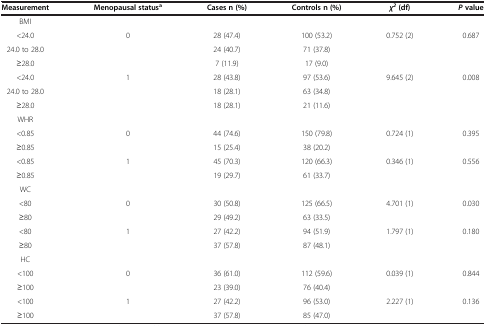
<table><thead><tr><td><b>Measurement</b></td><td><b>Menopausal status<sup>a</sup></b></td><td><b>Cases n (%)</b></td><td><b>Controls n (%)</b></td><td><b><i>χ</i><sup><i>2 </i></sup>(df)</b></td><td><b><i>P </i>value</b></td></tr></thead><tbody><tr><td>BMI</td><td> </td><td> </td><td> </td><td> </td><td> </td></tr><tr><td>&lt;24.0</td><td>0</td><td>28 (47.4)</td><td>100 (53.2)</td><td>0.752 (2)</td><td>0.687</td></tr><tr><td>24.0 to 28.0</td><td> </td><td>24 (40.7)</td><td>71 (37.8)</td><td> </td><td> </td></tr><tr><td>≥28.0</td><td> </td><td>7 (11.9)</td><td>17 (9.0)</td><td> </td><td> </td></tr><tr><td>&lt;24.0</td><td>1</td><td>28 (43.8)</td><td>97 (53.6)</td><td>9.645 (2)</td><td>0.008</td></tr><tr><td>24.0 to 28.0</td><td> </td><td>18 (28.1)</td><td>63 (34.8)</td><td> </td><td> </td></tr><tr><td>≥28.0</td><td> </td><td>18 (28.1)</td><td>21 (11.6)</td><td> </td><td> </td></tr><tr><td>WHR</td><td> </td><td> </td><td> </td><td> </td><td> </td></tr><tr><td>&lt;0.85</td><td>0</td><td>44 (74.6)</td><td>150 (79.8)</td><td>0.724 (1)</td><td>0.395</td></tr><tr><td>≥0.85</td><td> </td><td>15 (25.4)</td><td>38 (20.2)</td><td> </td><td> </td></tr><tr><td>&lt;0.85</td><td>1</td><td>45 (70.3)</td><td>120 (66.3)</td><td>0.346 (1)</td><td>0.556</td></tr><tr><td>≥0.85</td><td> </td><td>19 (29.7)</td><td>61 (33.7)</td><td> </td><td> </td></tr><tr><td>WC</td><td> </td><td> </td><td> </td><td> </td><td> </td></tr><tr><td>&lt;80</td><td>0</td><td>30 (50.8)</td><td>125 (66.5)</td><td>4.701 (1)</td><td>0.030</td></tr><tr><td>≥80</td><td> </td><td>29 (49.2)</td><td>63 (33.5)</td><td> </td><td> </td></tr><tr><td>&lt;80</td><td>1</td><td>27 (42.2)</td><td>94 (51.9)</td><td>1.797 (1)</td><td>0.180</td></tr><tr><td>≥80</td><td> </td><td>37 (57.8)</td><td>87 (48.1)</td><td> </td><td> </td></tr><tr><td>HC</td><td> </td><td> </td><td> </td><td> </td><td> </td></tr><tr><td>&lt;100</td><td>0</td><td>36 (61.0)</td><td>112 (59.6)</td><td>0.039 (1)</td><td>0.844</td></tr><tr><td>≥100</td><td> </td><td>23 (39.0)</td><td>76 (40.4)</td><td> </td><td> </td></tr><tr><td>&lt;100</td><td>1</td><td>27 (42.2)</td><td>96 (53.0)</td><td>2.227 (1)</td><td>0.136</td></tr><tr><td>≥100</td><td> </td><td>37 (57.8)</td><td>85 (47.0)</td><td> </td><td> </td></tr></tbody></table>